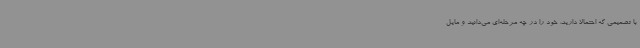
با تصمیمی که احتمالا دارید، خود را در چه مرحله‌ای می‌دانید و مایل